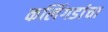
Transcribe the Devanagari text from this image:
कलिंगडांचा